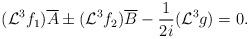
LaTeX: \begin{align*} (\mathcal{L}^3f_1)\overline{A}\pm (\mathcal{L}^3f_2)\overline{B}-\frac{1}{2i}(\mathcal{L}^3 g)=0.\end{align*}